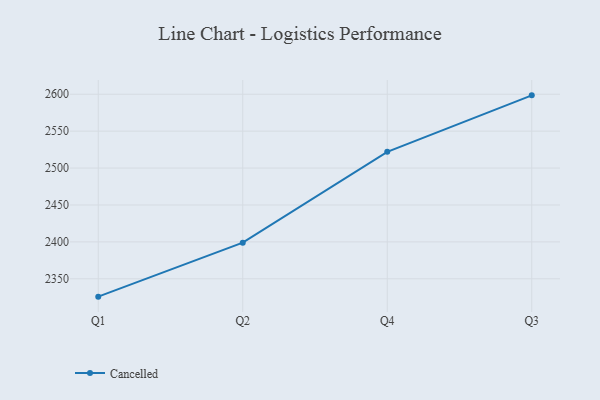
{"axis": {"x": "Quarter", "y": "Operating Costs (USD K)"}, "legend": ["Cancelled"], "data": [{"x": "Q1", "y": 2325.8, "type": "Cancelled"}, {"x": "Q2", "y": 2398.9, "type": "Cancelled"}, {"x": "Q4", "y": 2522.0, "type": "Cancelled"}, {"x": "Q3", "y": 2598.5, "type": "Cancelled"}]}